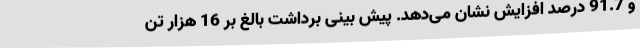
و 91.7 درصد افزایش نشان می‌دهد. پیش بینی برداشت بالغ بر 16 هزار تن